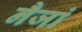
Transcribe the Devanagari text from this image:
नैजां